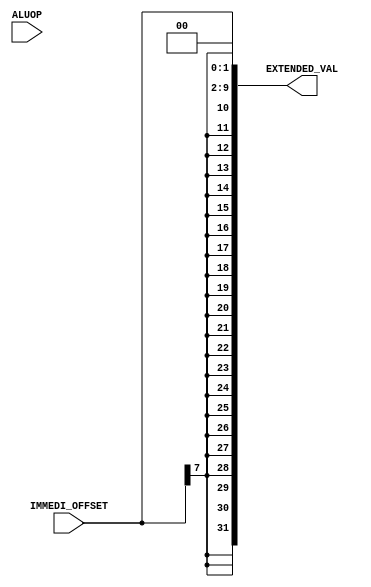
module sign_extend_shift(IMMEDI_OFFSET,ALUOP,EXTENDED_VAL);
    
    input [7:0] IMMEDI_OFFSET;
    input [2:0] ALUOP;
    output reg [31:0] EXTENDED_VAL;

    always @(ALUOP) 
    begin
    //by concatenating
     EXTENDED_VAL = {{24{IMMEDI_OFFSET[7]}},IMMEDI_OFFSET};   //extend the remaining bits padding with the 8th bit value of IMMEDIATE         
     EXTENDED_VAL = {EXTENDED_VAL[29:0],2'b00};        //shifting the extended value to the left by 2 to make it word addressable

    end

endmodule